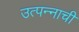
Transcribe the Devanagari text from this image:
उत्पन्‍नाची